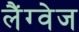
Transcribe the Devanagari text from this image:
लैंग्‍वेज